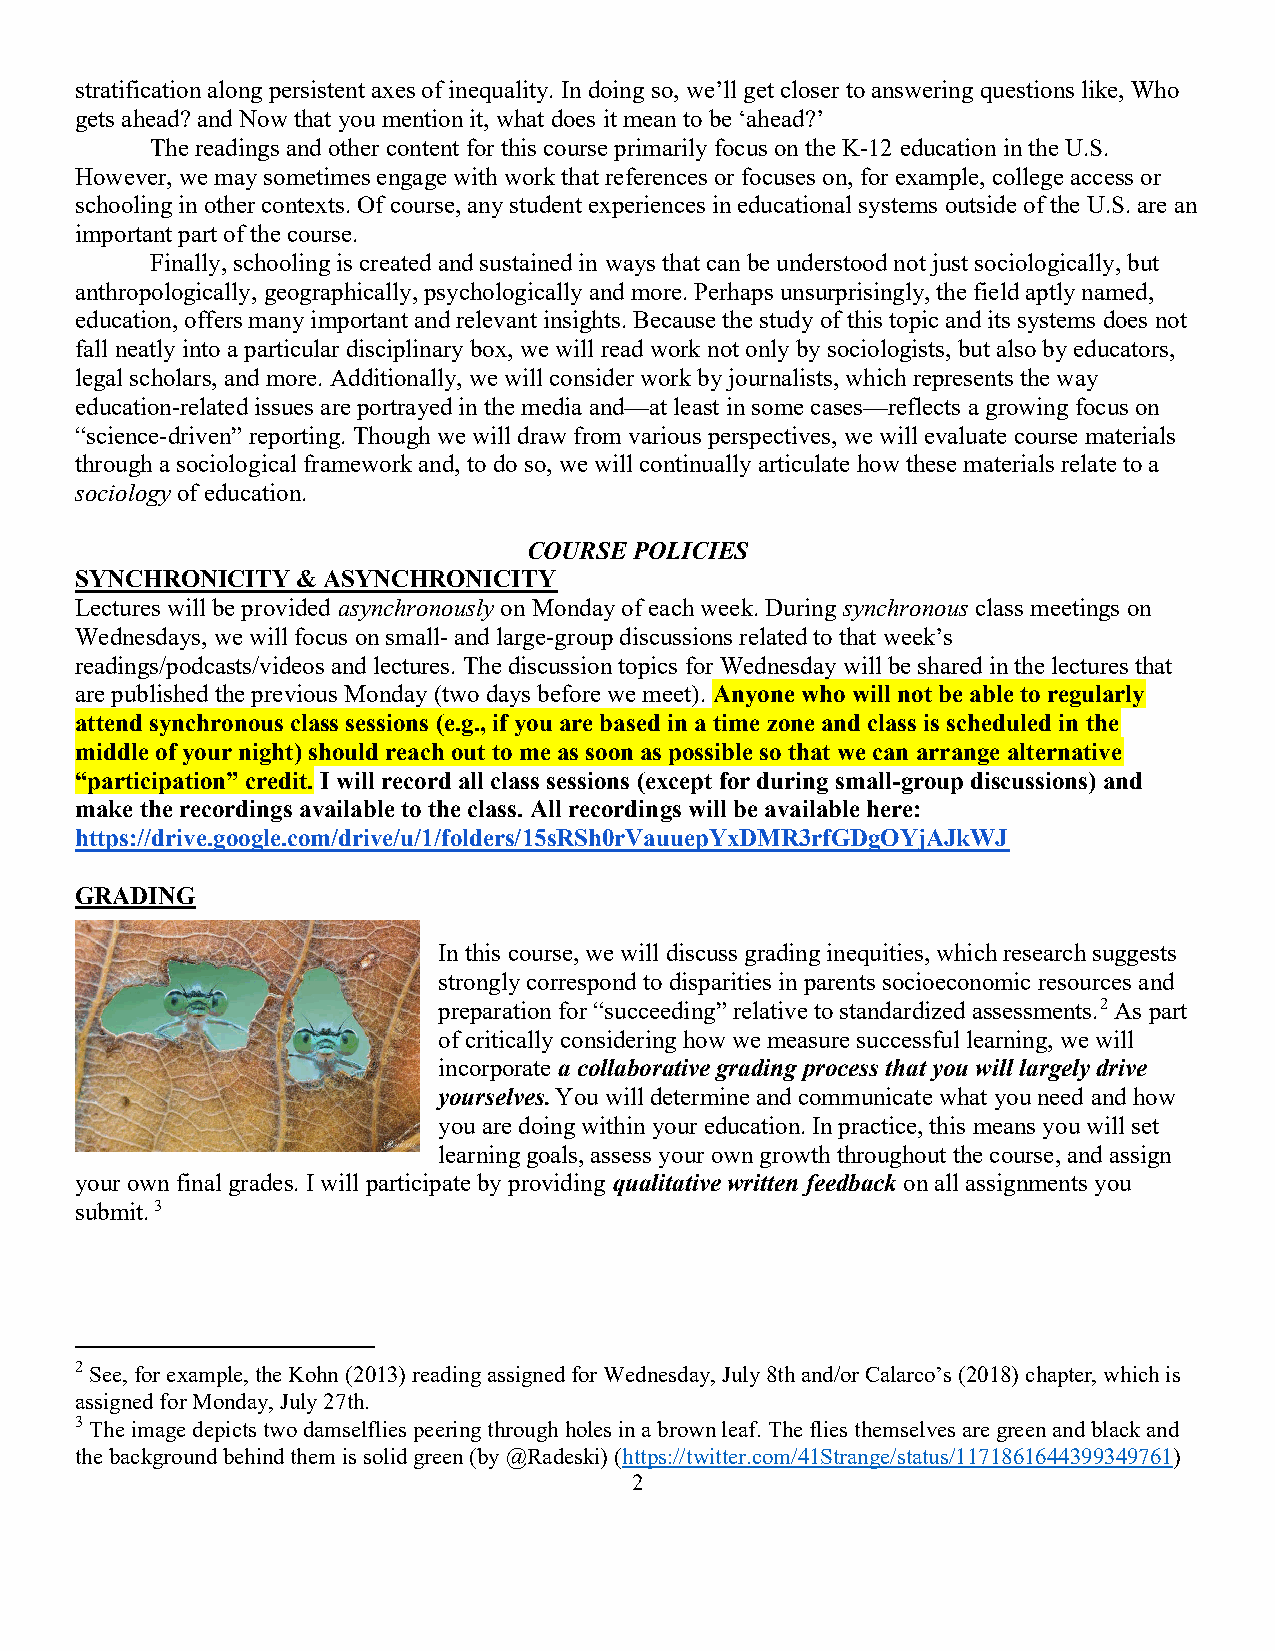
stratification along persistent axes of inequality. In doing so, we’ll get closer to answering questions like, Who
 gets ahead? and Now that you mention it, what does it mean to be ‘ahead?’
 The readings and other content for this course primarily focus on the K-12 education in the U.S.
 However, we may sometimes engage with work that references or focuses on, for example, college access or
 schooling in other contexts. Of course, any student experiences in educational systems outside of the U.S. are an
 important part of the course.
 Finally, schooling is created and sustained in ways that can be understood not just sociologically, but
 anthropologically, geographically, psychologically and more. Perhaps unsurprisingly, the field aptly named,
 education, offers many important and relevant insights. Because the study of this topic and its systems does not
 fall neatly into a particular disciplinary box, we will read work not only by sociologists, but also by educators,
 legal scholars, and more. Additionally, we will consider work by journalists, which represents the way
 education-related issues are portrayed in the media and—at least in some cases—reflects a growing focus on
 “science-driven” reporting. Though we will draw from various perspectives, we will evaluate course materials
 through a sociological framework and, to do so, we will continually articulate how these materials relate to a
 sociology of education.
 COURSE POLICIES
 SYNCHRONICITY  & ASYNCHRONICITY
 Lectures will be provided asynchronously on Monday of each week. During synchronous class meetings on
 Wednesdays, we will focus on small- and large-group discussions related to that week’s
 readings/podcasts/videos and lectures. The discussion topics for Wednesday will be shared in the lectures that
 are published the previous Monday (two days before we meet). Anyone who will not be able to regularly
 attend synchronous class sessions (e.g., if you are based in a time zone and class is scheduled in the
 middle of your night) should reach out to me as soon as possible so that we can arrange alternative
 “participation” credit. I will record all class sessions (except for during small-group discussions) and
 make the recordings available to the class. All recordings will be available here:
 https://drive.google.com/drive/u/1/folders/15sRSh0rVauuepYxDMR3rfGDgOYjAJkWJ
 GRADING
 In this course, we will discuss grading inequities, which research suggests
 strongly correspond to disparities in parents socioeconomic resources and
 preparation for “succeeding” relative to standardized assessments.2 As part
 of critically considering how we measure successful learning, we will
 incorporate a collaborative grading process that you will largely drive
 yourselves. You will determine and communicate what you need and how
 you are doing within your education. In practice, this means you will set
 learning goals, assess your own growth throughout the course, and assign
 your own final grades. I will participate by providing qualitative written feedback on all assignments you
 submit. 3
 2 See, for example, the Kohn (2013) reading assigned for Wednesday, July 8th and/or Calarco’s (2018) chapter, which is
 assigned for Monday, July 27th.
 3 The image depicts two damselflies peering through holes in a brown leaf. The flies themselves are green and black and
 the background behind them is solid green (by @Radeski) (https://twitter.com/41Strange/status/1171861644399349761)
 2